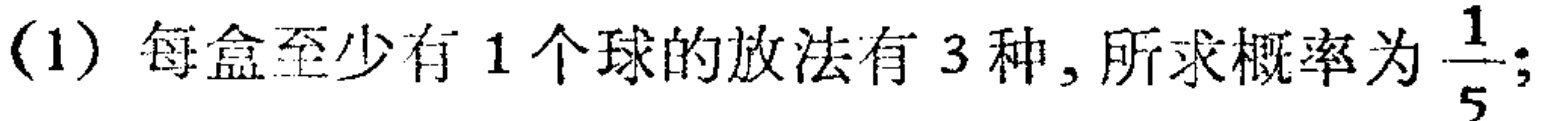
(1) 每盒至少有 1 个球的放法有 3 种, 所求概率为 $\frac{1}{5}$;